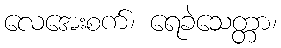
လေအေးစက်၊ ရေခဲသေတ္တာ၊